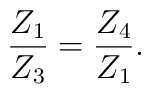
\frac{Z_1}{Z_3}=\frac{Z_4}{Z_1}.